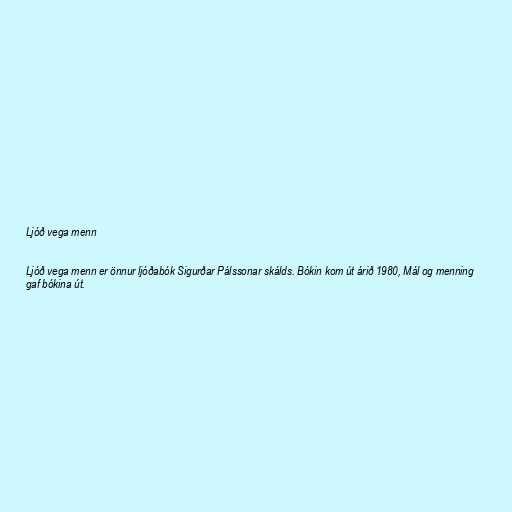
Ljóð vega menn

Ljóð vega menn er önnur ljóðabók Sigurðar Pálssonar skálds. Bókin kom út árið 1980, Mál og menning
gaf bókina út.